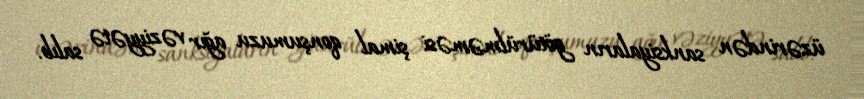
üzərindən sanksiyaların götürülməməsi şimal qonşumuzu ağır vəziyyətə salıb.